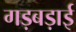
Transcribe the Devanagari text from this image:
गड़बड़ाई